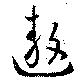
遨